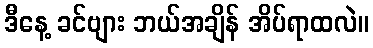
ဒီနေ့ ခင်ဗျား ဘယ်အချိန် အိပ်ရာထလဲ။